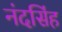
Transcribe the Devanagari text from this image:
नंदसिंह